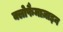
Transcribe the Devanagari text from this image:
क्लोफैमाज़ाइन